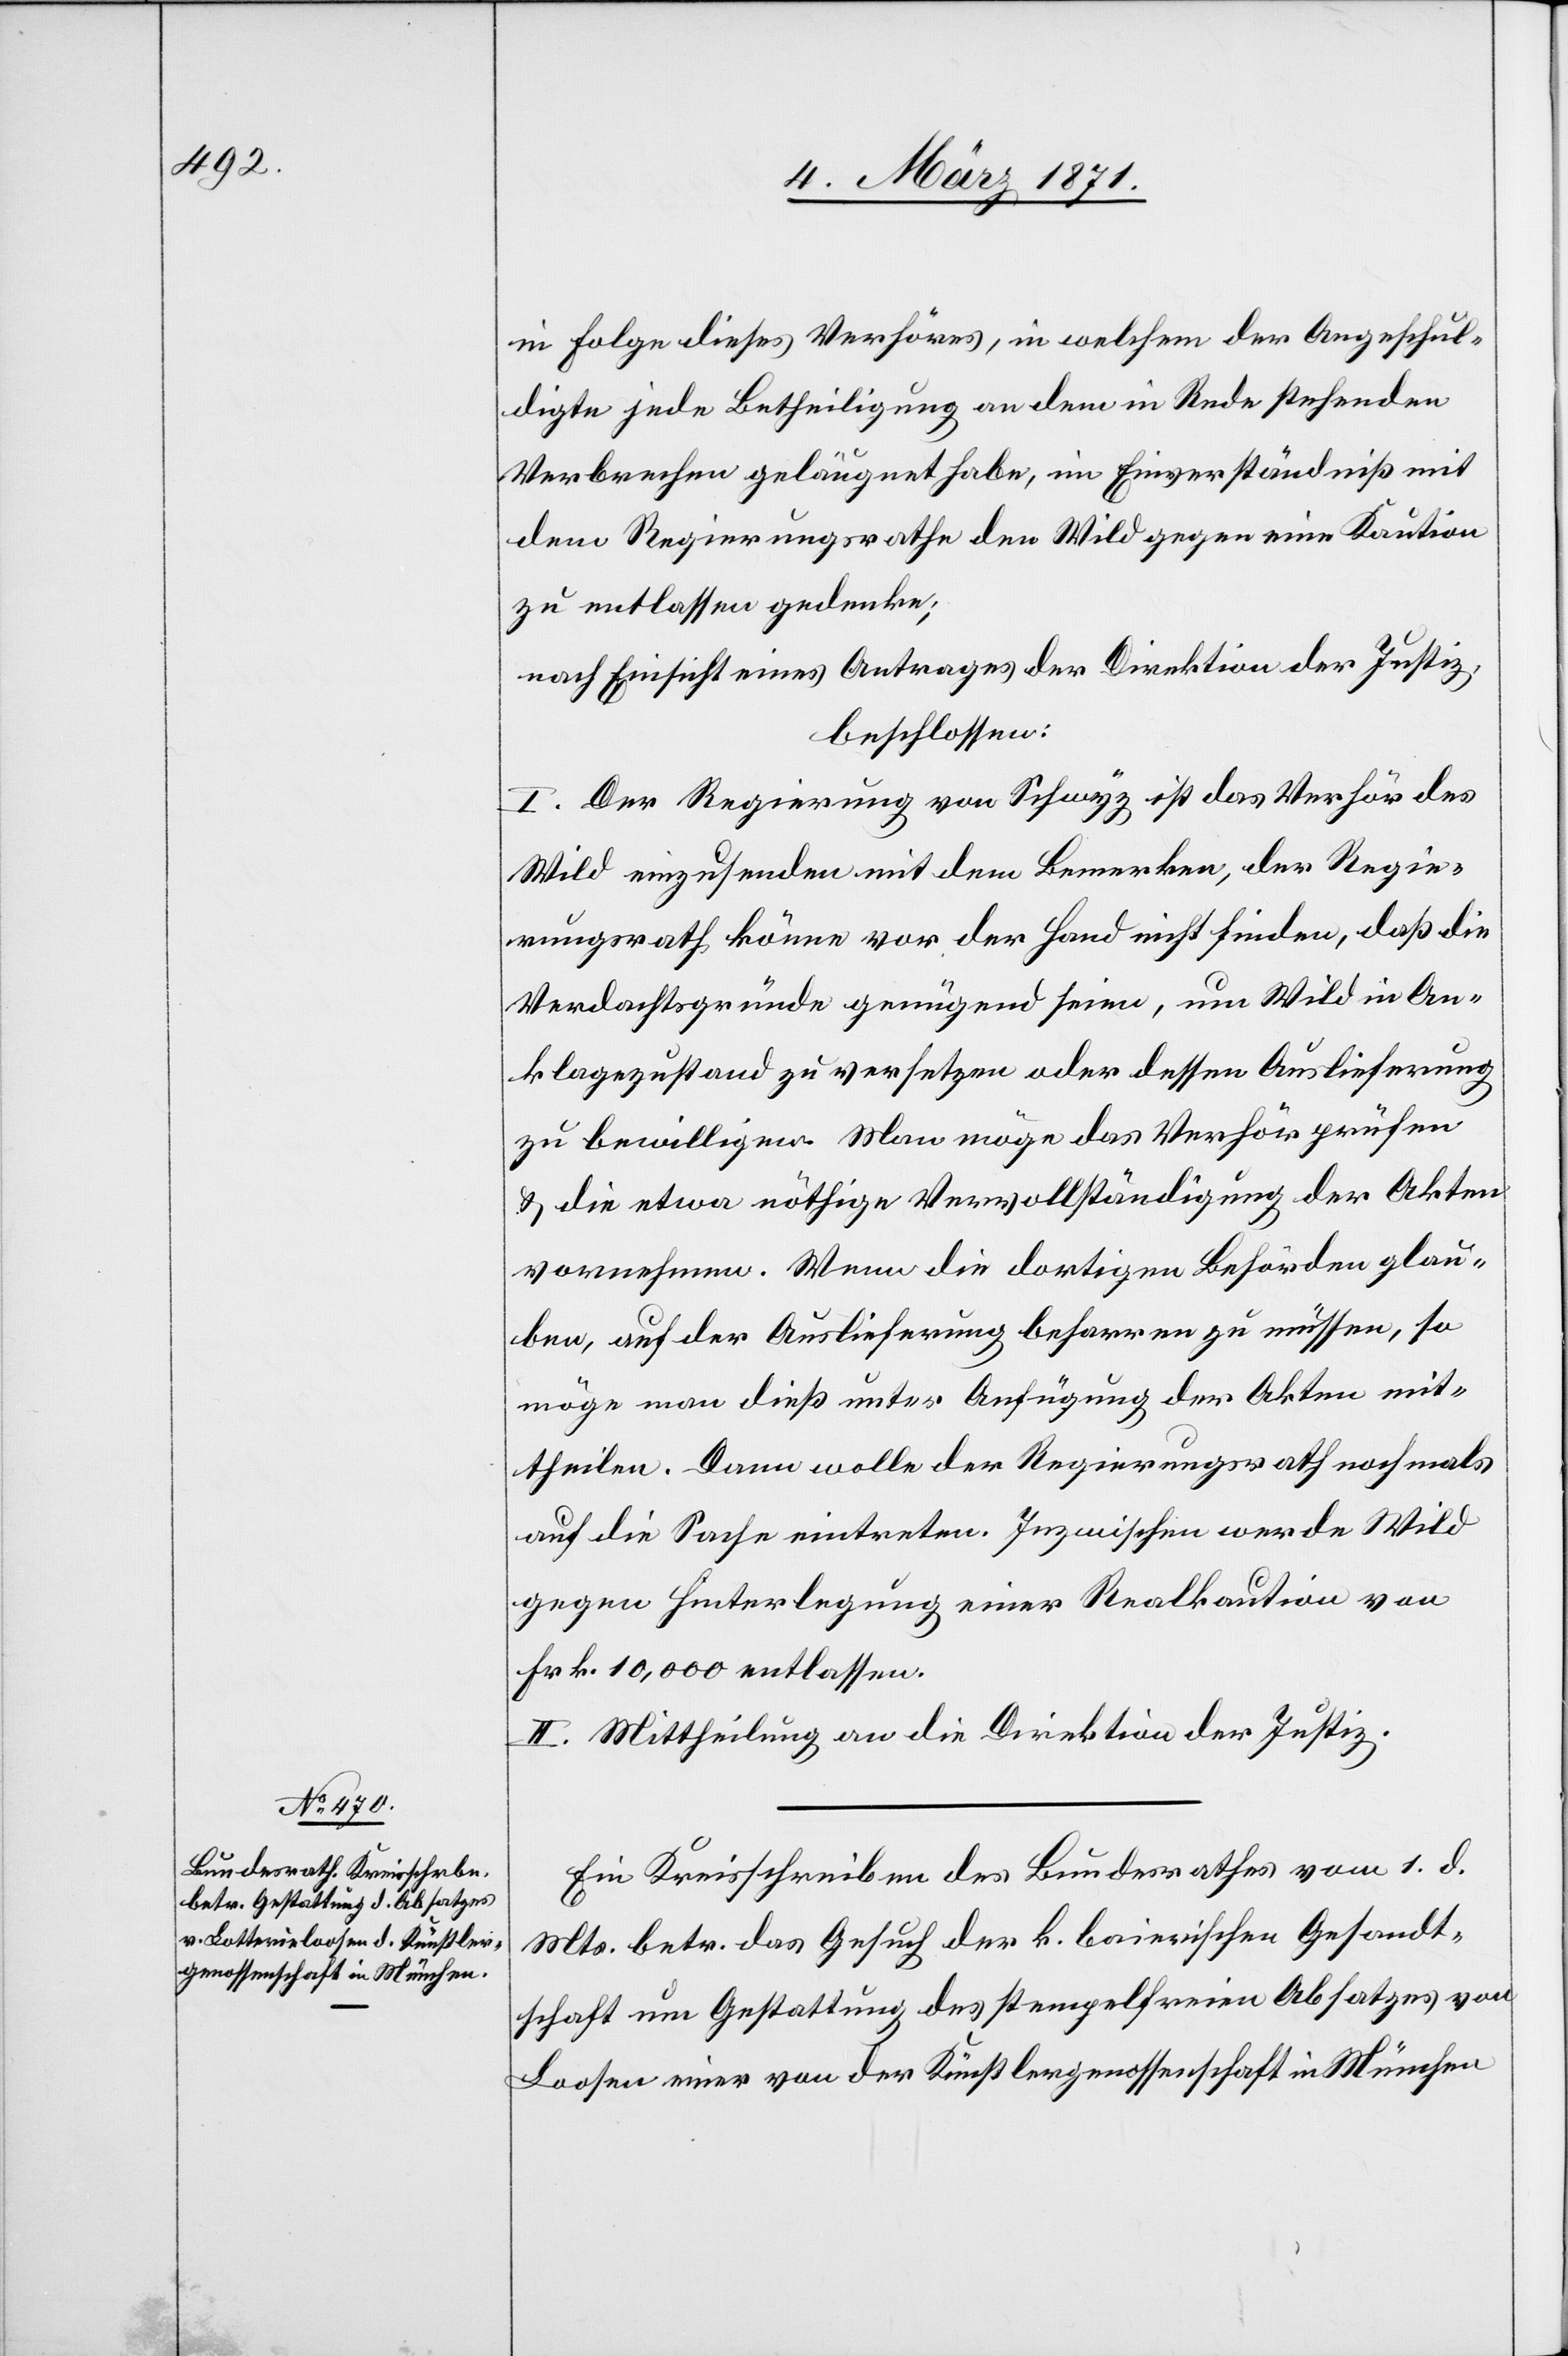
04. März 1871.]
in Folge dieses Verhöres, in welchem der Angeschul¬
digte jede Betheiligung an dem in Rede stehenden
Verbrechen geläugnet habe, im Einverständniß mit
dem Regierungsrathe den Wild gegen eine Kaution
zu entlassen gedenke;
nach Einsicht eines Antrages der Direktion der Justiz,
beschlossen:
I. Der Regierung von Schwyz ist das Verhör des
Wild einzusenden mit dem Bemerken, der Regie¬
rungsrath könne vor der Hand nicht finden, daß die
Verdachtsgründe genügend seien, um Wild in An¬
klagezustand zu versetzen oder dessen Auslieferung
zu bewilligen. Man möge das Verhör prüfen
u. die etwa nöthige Vervollständigung der Akten
vornehmen. Wenn die dortigen Behörden glau¬
ben, auf der Auslieferung beharren zu müssen, so
möge man dieß unter Anfügung der Akten mit¬
theilen. Dann wolle der Regierungsrath nochmals
auf die Sache eintreten. Inzwischen wurde Wild
gegen Hinterlegung einer Realkaution von
Frk. 10,000 entlassen.
II. Mittheilung an die Direktion der Justiz.
Ein Kreisschreiben des Bundesrathes vom 1. d.
Mts. betr. das Gesuch der k. baierischen Gesandt¬
schaft um Gestattung des stempelfreien Absatzes von
Loosen einer von der Künstlergenossenschaft in München